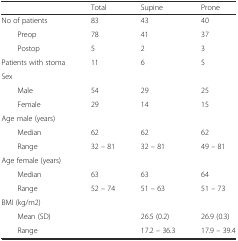
|  | Total | Supine | Prone |
 | --- | --- | --- | --- |
 | No of patients | 83 | 43 | 40 |
 | Preop | 78 | 41 | 37 |
 | Postop | 5 | 2 | 3 |
 | Patients with stoma | 11 | 6 | 5 |
 | Sex |  |  |  |
 | Male | 54 | 29 | 25 |
 | Female | 29 | 14 | 15 |
 | Age male (years) |  |  |  |
 | Median | 62 | 62 | 62 |
 | Range | 32 – 81 | 32 – 81 | 49 – 81 |
 | Age female (years) |  |  |  |
 | Median | 63 | 63 | 64 |
 | Range | 52 – 74 | 51 – 63 | 51 – 73 |
 | BMI (kg/m2) |  |  |  |
 | Mean (SD) |  | 26.5 (0.2) | 26.9 (0.3) |
 | Range |  | 17.2 – 36.3 | 17.9 – 39.4 |